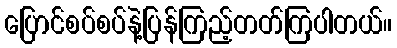
ပြောင်စပ်စပ်နဲ့ပြန်ကြည့်တတ်ကြပါတယ်။